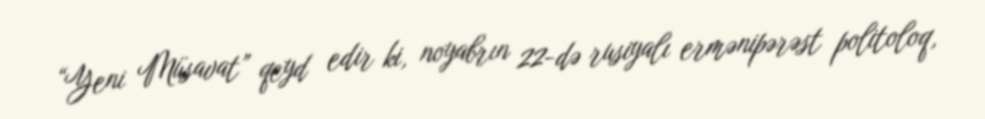
“Yeni Müsavat” qeyd edir ki, noyabrın 22-də rusiyalı ermənipərəst politoloq,